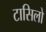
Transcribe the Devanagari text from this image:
टासिलो